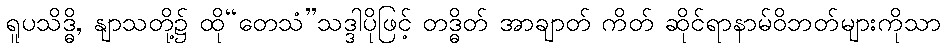
ရူပသိဒ္ဓိ, နျာသတို့၌ ထို“တေသံ”သဒ္ဒါပိုဖြင့် တဒ္ဓိတ် အာချာတ် ကိတ် ဆိုင်ရာနာမ်ဝိဘတ်များကိုသာ